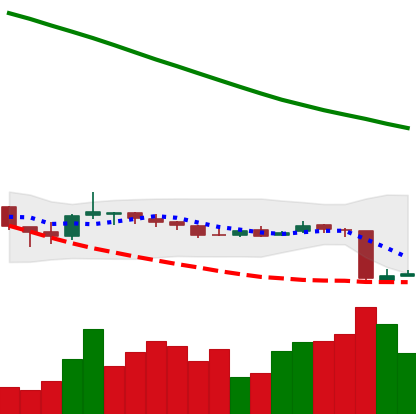
Ticker: NEO-USD
Chart end date: 2018-10-13
Forward return: 4.893%
Label: up_3_5